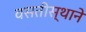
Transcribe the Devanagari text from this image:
वसतीस्थाने